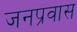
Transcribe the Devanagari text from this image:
जनप्रवास